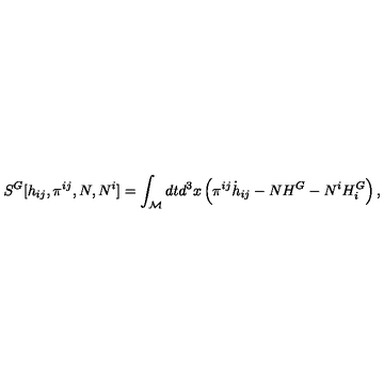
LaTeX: { } S ^ { G } [ h _ { i j } , \pi ^ { i j } , N , N ^ { i } ] = \int _ { \cal M } d t d ^ { 3 } x \left( { \pi } ^ { i j } { \dot { h } } _ { i j } - N H ^ { G } - N ^ { i } H _ { i } ^ { G } \right) ,